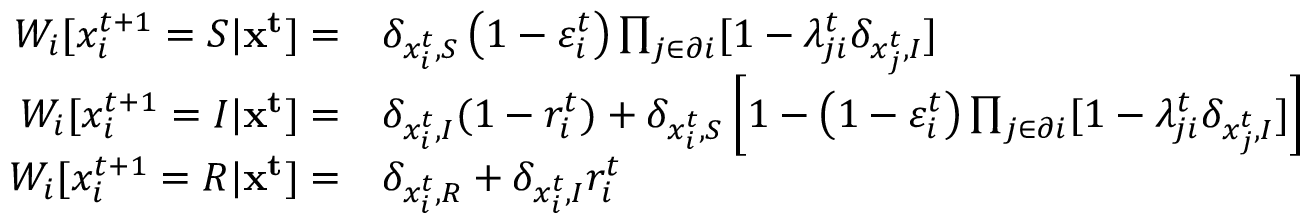
\begin{array} { r l } { W _ { i } [ x _ { i } ^ { t + 1 } = S | \mathbf { x ^ { t } } ] = } & { \delta _ { x _ { i } ^ { t } , S } \left( 1 - \varepsilon _ { i } ^ { t } \right) \prod _ { j \in \partial i } [ 1 - \lambda _ { j i } ^ { t } \delta _ { x _ { j } ^ { t } , I } ] } \\ { W _ { i } [ x _ { i } ^ { t + 1 } = I | \mathbf { x ^ { t } } ] = } & { \delta _ { x _ { i } ^ { t } , I } ( 1 - r _ { i } ^ { t } ) + \delta _ { x _ { i } ^ { t } , S } \left[ 1 - \left( 1 - \varepsilon _ { i } ^ { t } \right) \prod _ { j \in \partial i } [ 1 - \lambda _ { j i } ^ { t } \delta _ { x _ { j } ^ { t } , I } ] \right] } \\ { W _ { i } [ x _ { i } ^ { t + 1 } = R | \mathbf { x ^ { t } } ] = } & { \delta _ { x _ { i } ^ { t } , R } + \delta _ { x _ { i } ^ { t } , I } r _ { i } ^ { t } } \end{array}